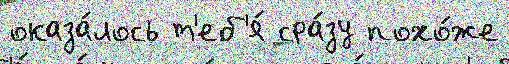
оказа́лось т'еб'я́ сра́зу похо́же